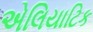
એલિયાટિક